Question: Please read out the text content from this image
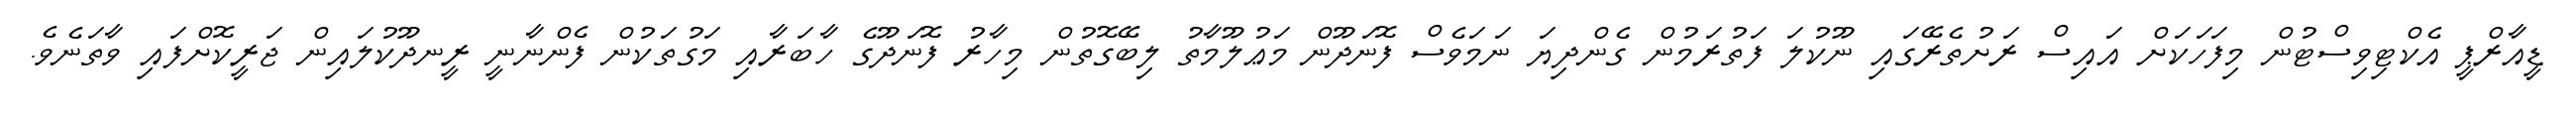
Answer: ޑީއާރްޕީ އެކްޓިވިސްޓުން މިފަހަކަށް އައިސް ރަށުތެރޭގައި ނޫކުލަ ފަތުރަމުން ގެންދިޔަ ނަމަވެސް ފޮނަދޫން މަޢުލޫމާތު ލިބޭގޮތުން މިހާރު ފޮނަދޫގެ ހާބަރާއި މަގުތަކުން ފެންނާނީ ރީނދޫކުލައިން ޖަރީކޮށްފައި ވާތަނެވެ.